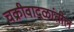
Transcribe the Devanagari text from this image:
चक्रीवादळांतील